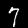
Digit: 7